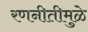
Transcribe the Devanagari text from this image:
रणनीतीमुळे